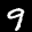
Label: 9